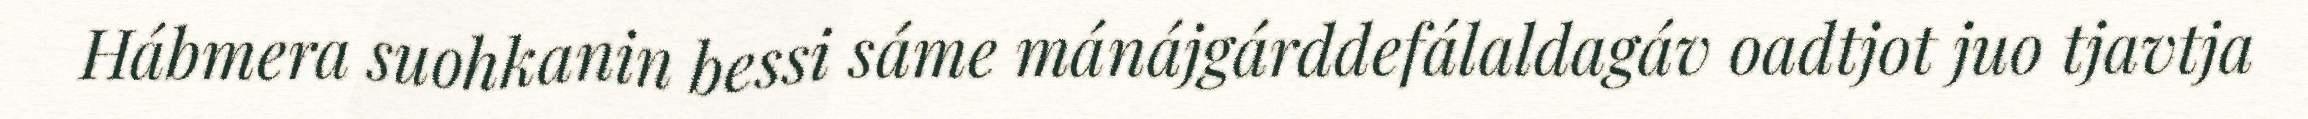
Hábmera suohkanin bessi sáme mánájgárddefálaldagáv oadtjot juo tjavtja